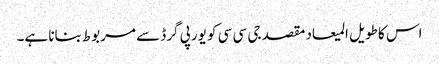
اس کا طویل المیعاد مقصد جی سی سی کو یورپی گرڈ سے مربوط بنانا ہے۔